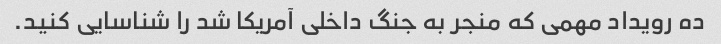
ده رویداد مهمی که منجر به جنگ داخلی آمریکا شد را شناسایی کنید.